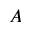
A